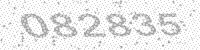
Solution: 082835